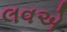
લવએ